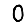
Digit: 0